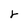
Character: r